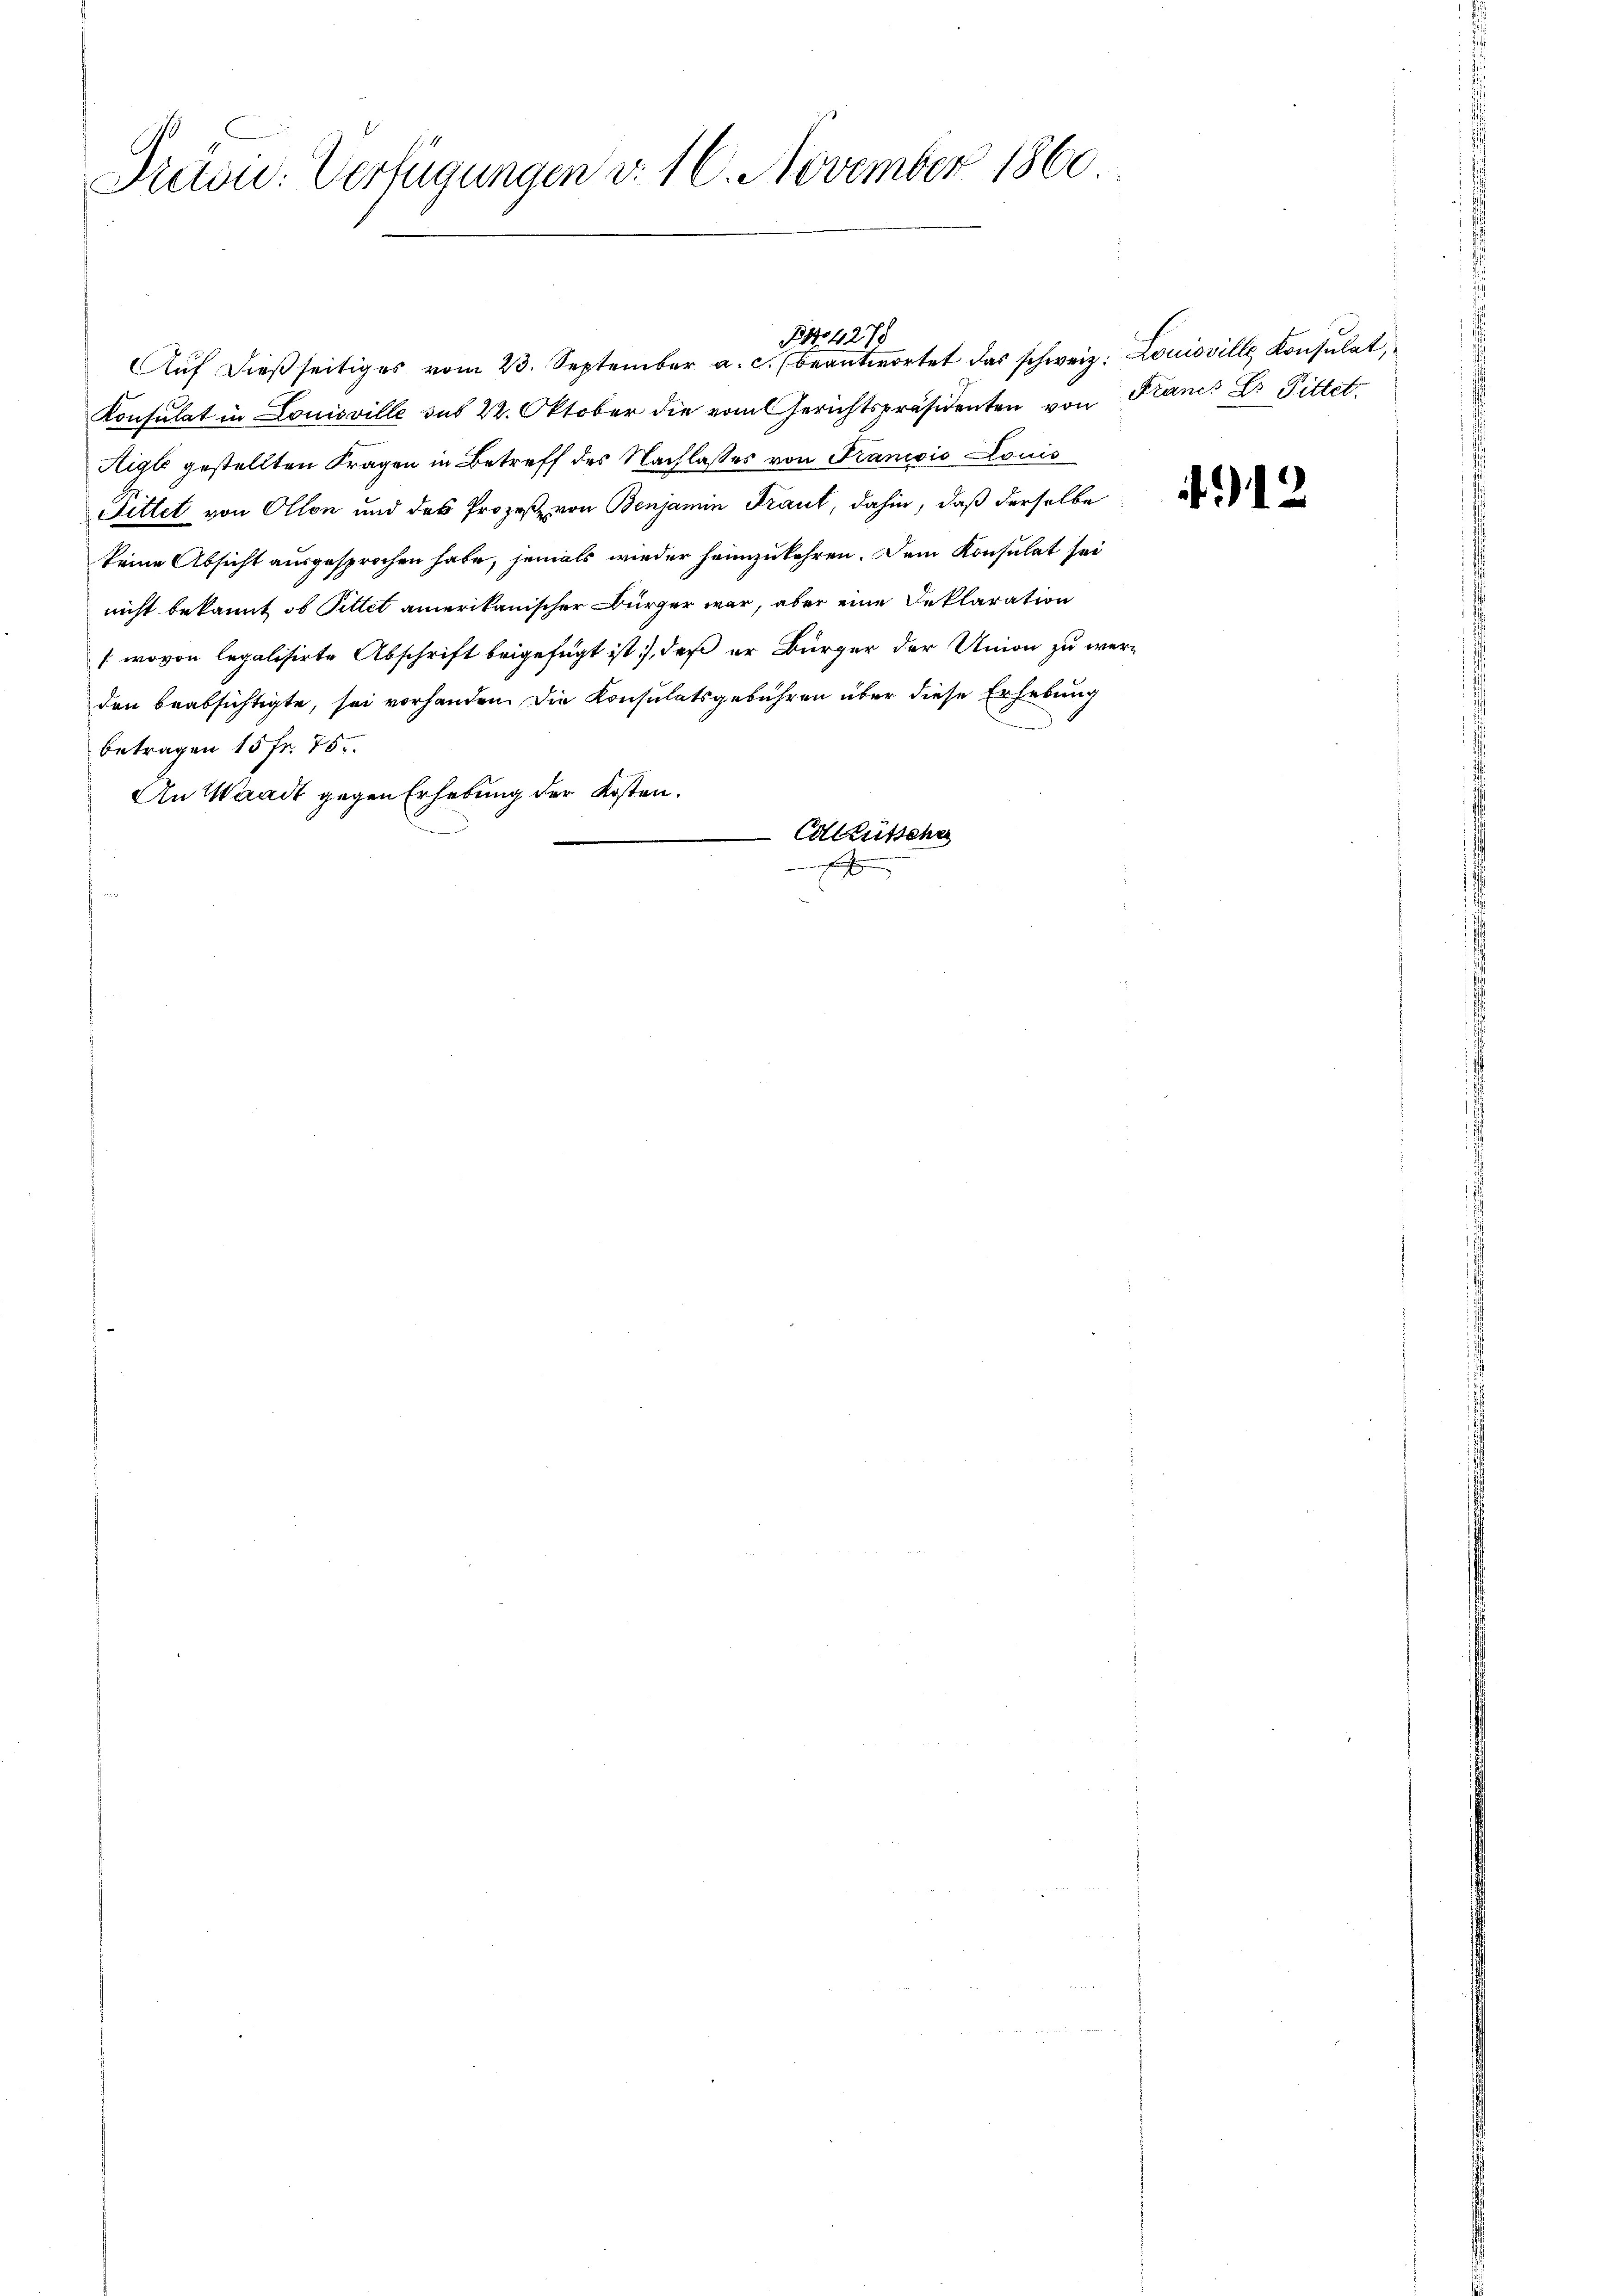
Pren: Verfügungen v. 16. November 1860

Konsulat in Louisville sub 22. Oktober die vom Gerichtspräsidenten von Planes Dr. Pittet
Aigle gestellten Fragen in Betreff des Nachlasses von Francis Louis
Fittet von Ollon und des Prozeß von Benjamin Fraut, dahin, daß derselbe
keine Absicht ausgesprochen habe, jemals wieder heimzukehren. Dem Konsulat sei
nicht bekannt, ob Pittet amerikanischer Bürger war, aber eine Deklaration
(wovon legalisirte Abschrift beigefügt ist, daß er Bürger der Union zu werden beabsichtigte, sei vorhanden. Die Konsulatsgebühren über diese Erhebung
betragen 15 fr. 75.
An Waadt gegen Erhebung der Kosten.
e
Colleütsche
.

BNo. 4278
Aŭf dieβ seitiges vom 23. September a. c. beantwortet das schweiz. Louisville Konsulat,

12